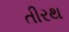
તીરથ